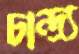
চান্দ্র্য